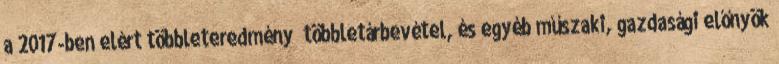
a 2017-ben elért többleteredmény többletárbevétel, és egyéb műszaki, gazdasági előnyök